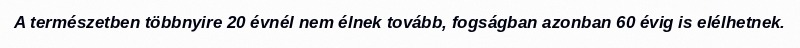
A természetben többnyire 20 évnél nem élnek tovább, fogságban azonban 60 évig is elélhetnek.